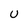
Character: U